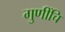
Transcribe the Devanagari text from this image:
गुणींचि